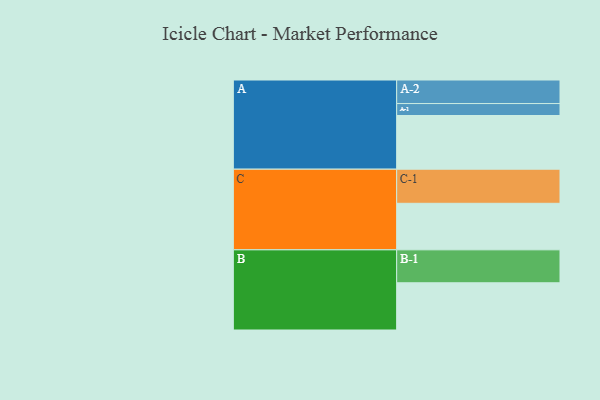
{"axis": {"x": "Segment", "y": "Value"}, "legend": ["", "A", "B", "C"], "data": [{"x": "A", "y": 458, "type": ""}, {"x": "B", "y": 403, "type": ""}, {"x": "C", "y": 397, "type": ""}, {"x": "A-1", "y": 102, "type": "A"}, {"x": "A-2", "y": 201, "type": "A"}, {"x": "B-1", "y": 281, "type": "B"}, {"x": "C-1", "y": 291, "type": "C"}]}